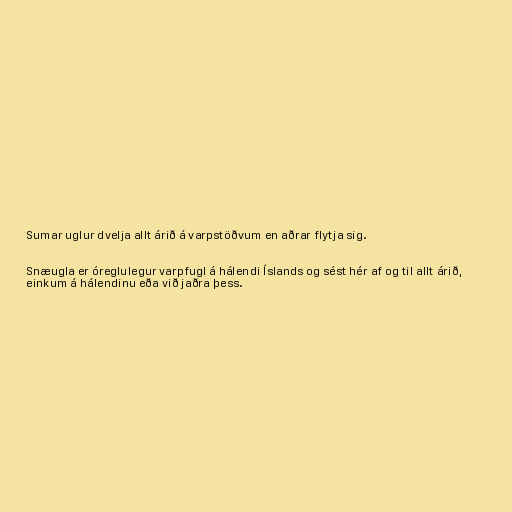
Sumar uglur dvelja allt árið á varpstöðvum en aðrar flytja sig.

Snæugla er óreglulegur varpfugl á hálendi Íslands og sést hér af og til allt árið,
einkum á hálendinu eða við jaðra þess.